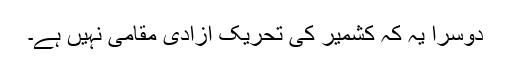
دوسرا یہ کہ کشمیر کی تحریکِ آزادی مقامی نہیں ہے۔